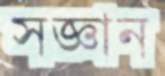
সজ্ঞান